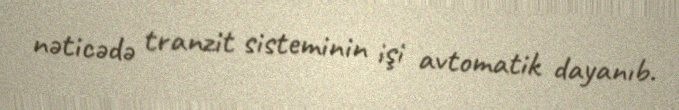
nəticədə tranzit sisteminin işi avtomatik dayanıb.